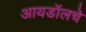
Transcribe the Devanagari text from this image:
आयडॉलचे